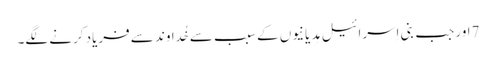
7اور جب بنی اِسرائیل مِدیانیوں کے سبب سے خُداوند سے فریاد کرنے لگے۔